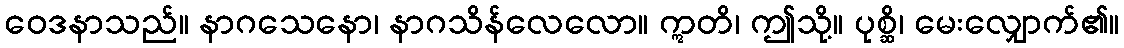
ဝေဒနာသည်။ နာဂသေနော၊ နာဂသိန်လေလော။ ဣတိ၊ ဤသို့။ ပုစ္ဆိ၊ မေးလျှောက်၏။